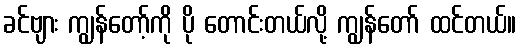
ခင်ဗျား ကျွန်တော့်ကို ပို တောင်းတယ်လို့ ကျွန်တော် ထင်တယ်။